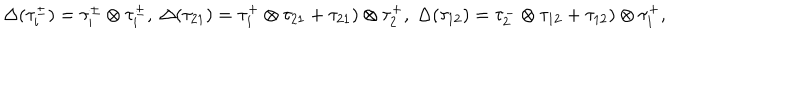
\Delta ( \tau _ { i } ^ { \pm } ) = \tau _ { i } ^ { \pm } \otimes \tau _ { i } ^ { \pm } , \ \Delta ( \tau _ { 2 1 } ) = \tau _ { 1 } ^ { + } \otimes \tau _ { 2 1 } + \tau _ { 2 1 } ) \otimes \tau _ { 2 } ^ { + } , \ \Delta ( \tau _ { 1 2 } ) = \tau _ { 2 } ^ { - } \otimes \tau _ { 1 2 } + \tau _ { 1 2 } ) \otimes \tau _ { 1 } ^ { + } ,